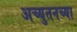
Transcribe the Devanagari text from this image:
अच्युतनच्या